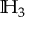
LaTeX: \mathbb { H } _ { 3 }